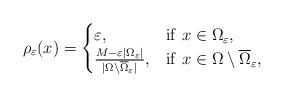
\begin{align*} \rho_{\varepsilon}(x)=\begin{cases}\varepsilon, & {\rm if}\ x\in\Omega_{\varepsilon},\\ \frac{M-\varepsilon |\Omega_{\varepsilon}|}{|\Omega\setminus\overline{\Omega}_{\varepsilon}|}, & {\rm if}\ x\in\Omega\setminus\overline{\Omega}_{\varepsilon},\\ \end{cases}\end{align*}